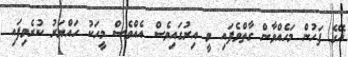
އޭގެ ފަހުން މަހެއްވާން ގާތްވެފައި ވީ އިރުގައިވެސް އެއްވެސް މީހަކު ހައްޔަރު ކުރެވިފައި